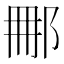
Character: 𨚿